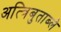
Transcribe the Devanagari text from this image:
अत्त्रिबुताब्ले